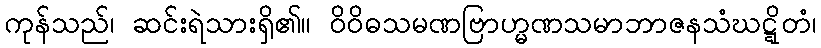
ကုန်သည်၊ ဆင်းရဲသားရှိ၏။ ဝိဝိဓသမဏဗြာဟ္မဏသမာဘာဇနသံဃဋ္ဋိတံ၊